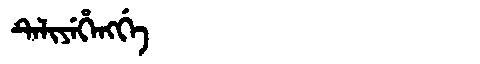
Manchu: ᡨᡝᠯᡳᠶᡝᡥᡝᠩᡤᡝ
Romanization: TELIYEHENGGE